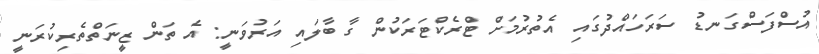
އުސްފަސްގަނޑު ސަރަހައްދުގައި އެތުރުމަށް ޓްރެކްޓަރަކުން ގާ ބާލައި އަރުވަނީ: އެ ތަން ޒީނަތްތެރިކުރަނީ